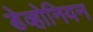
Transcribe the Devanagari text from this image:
डेव्होनियन